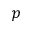
p